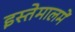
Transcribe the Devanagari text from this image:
इस्तेमालमें